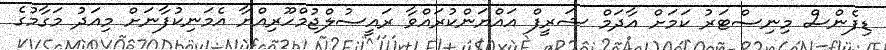
ޑިފެންސް މިނިސްޓަރު ކަމަށް އާދަމް ޝަރީފް އައްޔަންކުރައްވާ ރައީސުލްޖުމްހޫރިއްޔާ އެމަނިކުފާނަށް މިއަދު މަގާމުގެ